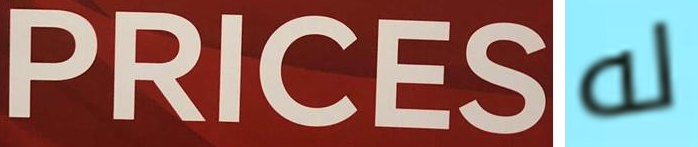
PRICES له